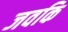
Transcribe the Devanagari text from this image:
जवकि